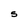
Character: S